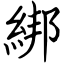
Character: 綁